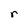
Character: r